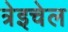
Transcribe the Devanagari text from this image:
त्रेइचेल